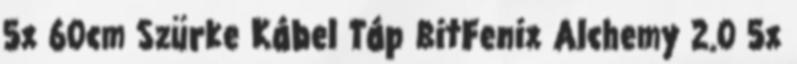
5x 60cm Szürke Kábel Táp BitFenix Alchemy 2.0 5x